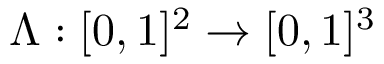
\Lambda : [ 0 , 1 ] ^ { 2 } \to [ 0 , 1 ] ^ { 3 }